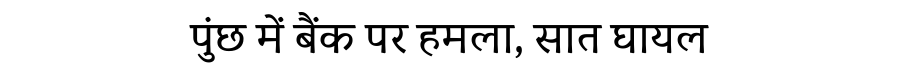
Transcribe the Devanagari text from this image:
पुंछ में बैंक पर हमला, सात घायल